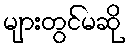
များတွင်မဆို